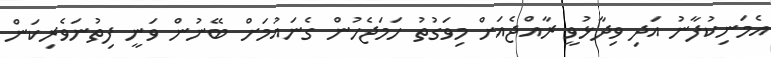
އެމަނިކުފާނު އަދި ވިދާޅުވީ ރާއްޖެއަށް މިވަގުތު ހަމަޖެހުން ގެނައުމަށް ބޭނުން ވަނީ ފިތުނަވެރިކަން